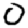
Digit: 0